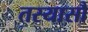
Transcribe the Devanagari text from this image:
तस्यासौ